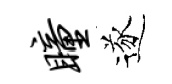
瞳遂